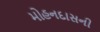
મોહનદાસની